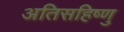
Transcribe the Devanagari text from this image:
अतिसहिष्णु